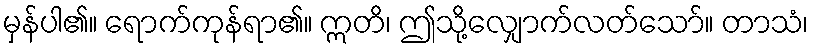
မှန်ပါ၏။ ရောက်ကုန်ရာ၏။ ဣတိ၊ ဤသို့လျှောက်လတ်သော်။ တာသံ၊